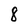
Character: 8